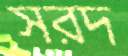
সরদ